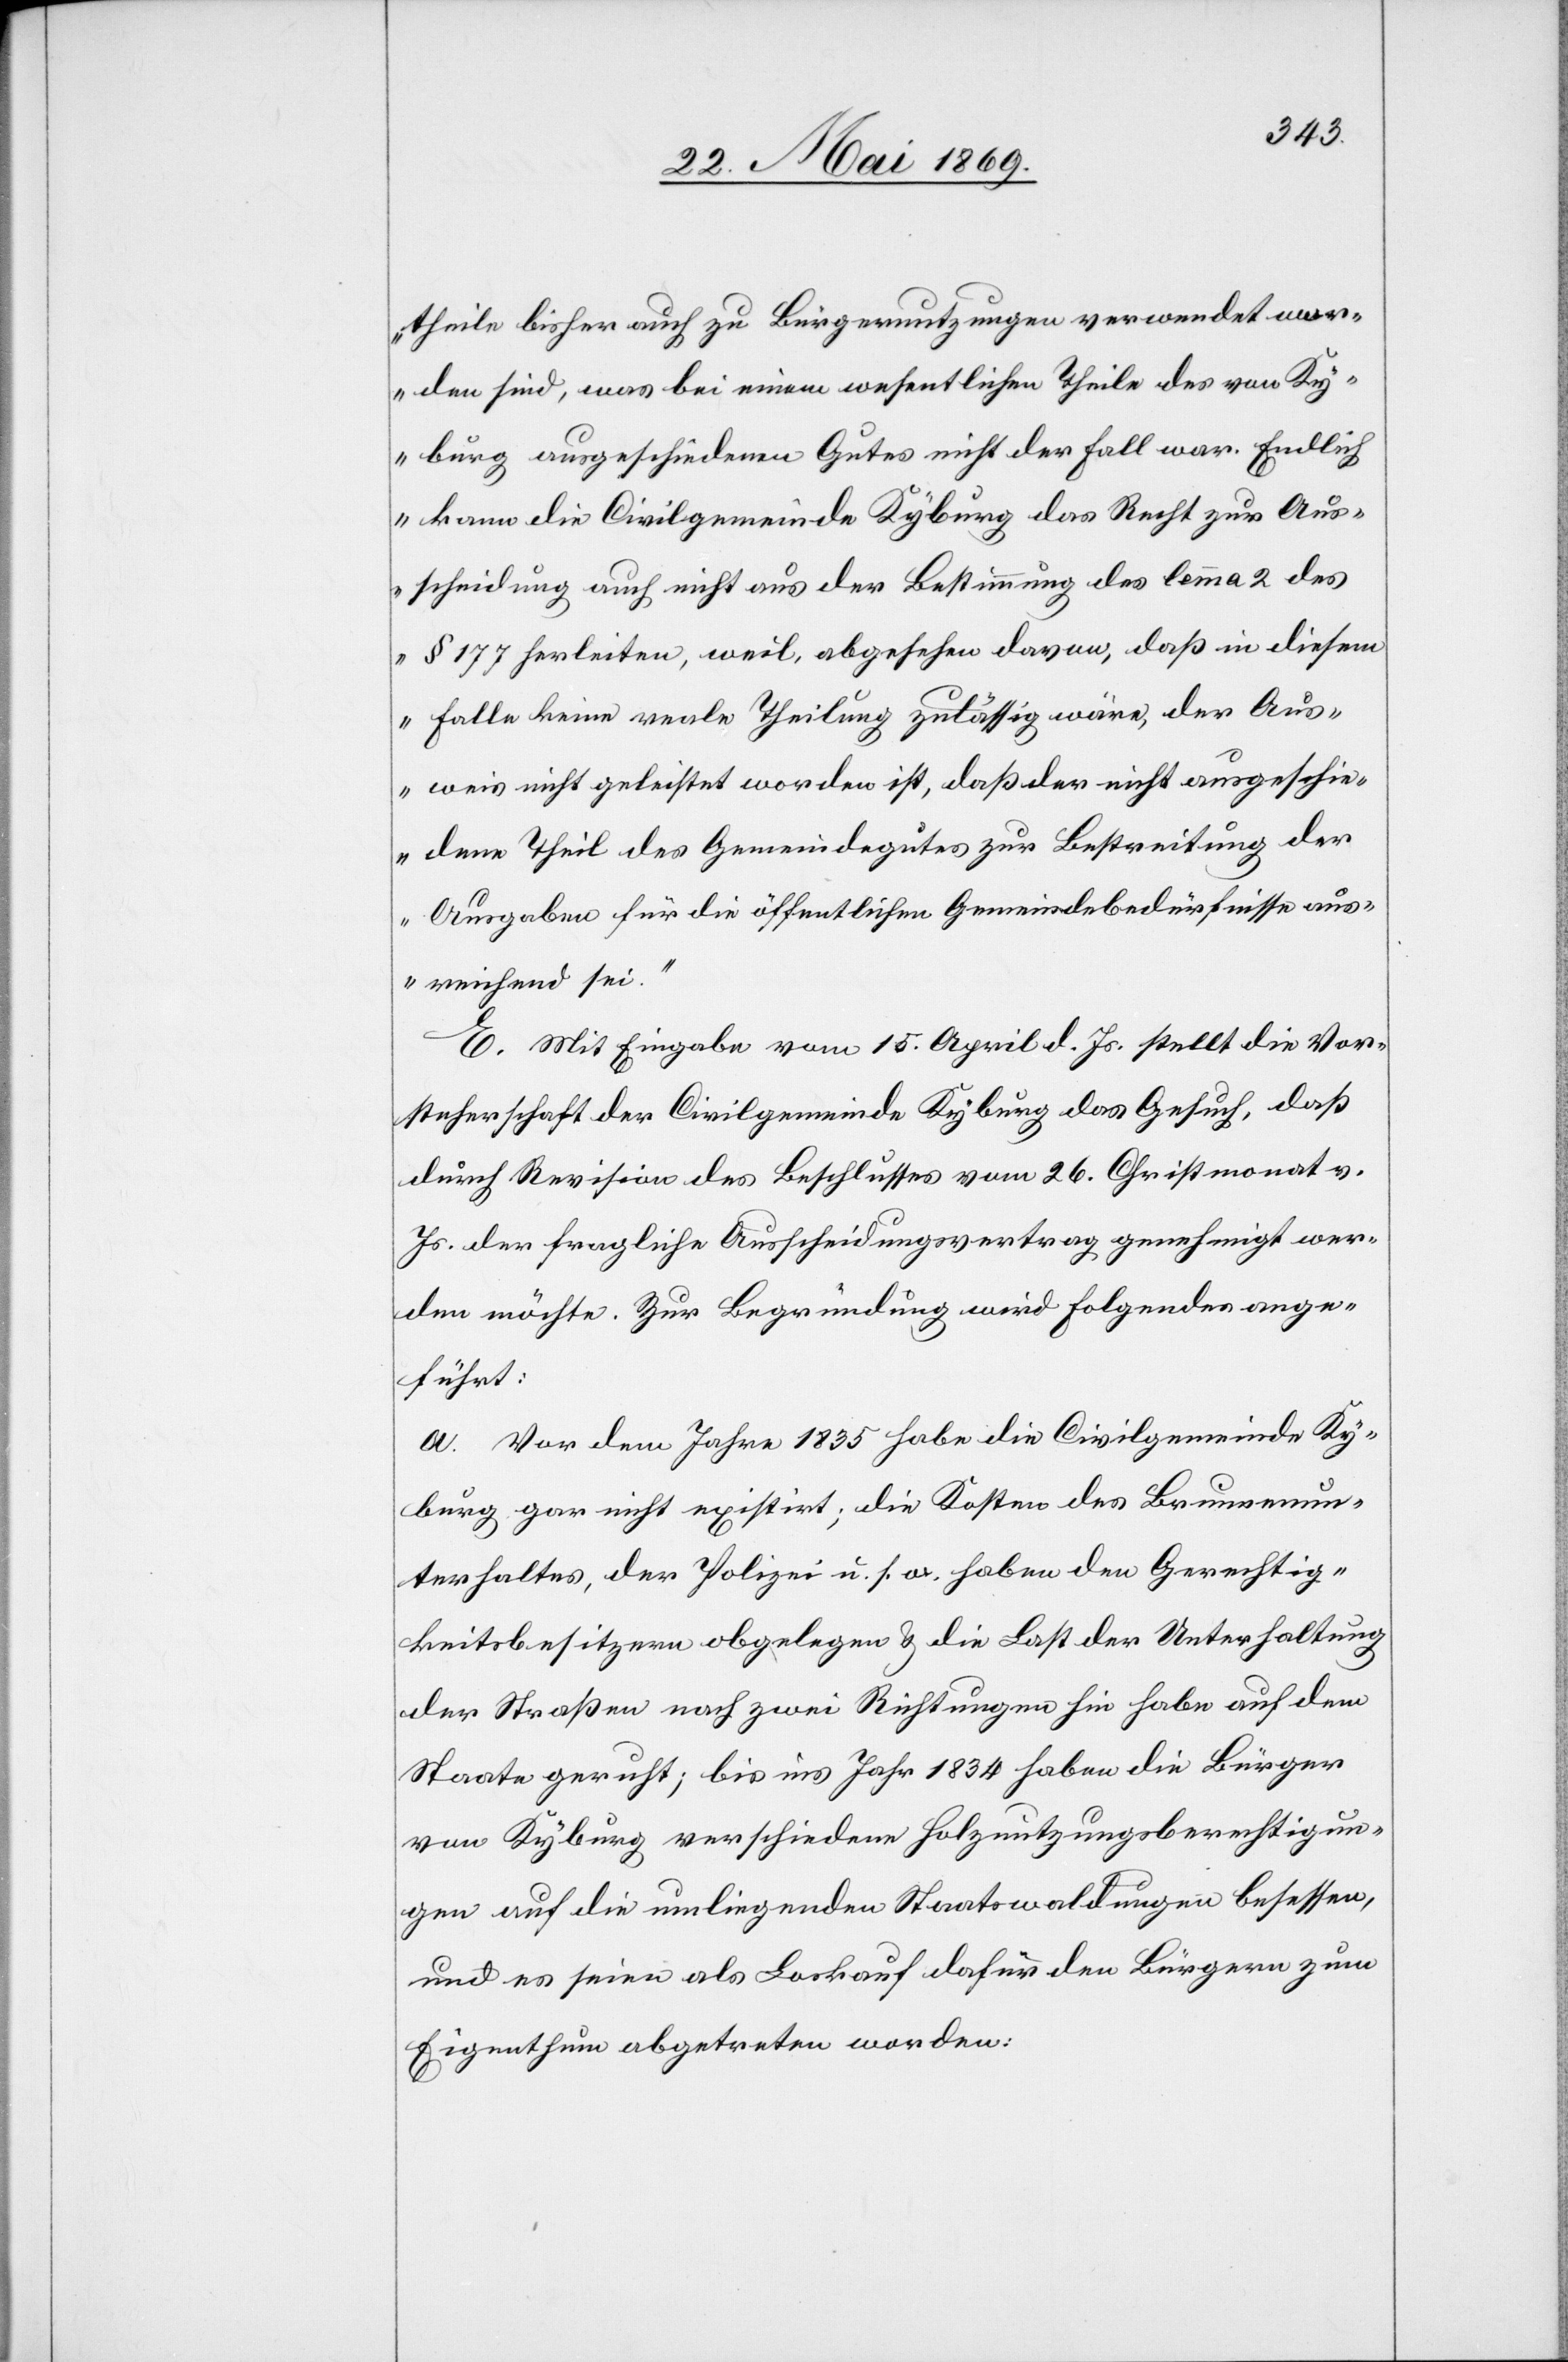
theile bisher auch zu Bürgernutzungen verwendet wor¬
den sind, was bei einem wesentlichen Theile von Ky¬
burg ausgeschiedenen Gutes nicht der Fall war. Endlich
kann die Civilgemeinde Kyburg das Recht zur Aus¬
scheidung auch nicht aus der Bestimmung des lemma 2 des
§ 177 herleiten, weil, abgesehen davon, daß in diesem
Falle keine reale Theilung zulässig wäre, der Aus¬
weis nicht geleistet worden ist, daß der nicht ausgeschie¬
dene Theil des Gemeindegutes zur Bestreitung der
Ausgaben für die öffentlichen Gemeindebedürfnisse aus¬
reichend sei.“
E. Mit Eingabe vom 15. April d. Js. stellt die Vor¬
steherschaft der Civilgemeinde Kyburg das Gesuch, daß
durch Revision des Beschlusses vom 26. Christmonat v.
Js. der fragliche Ausscheidungsvertrag genehmigt wer¬
den möchte. Zur Begründung wird folgendes ange¬
führt:
a. Vor dem Jahre 1835 habe die Civilgemeinde Ky¬
burg gar nicht existirt; die Kosten des Brunnenun¬
terhaltes, der Polizei u. s. w. haben den Gerechtig¬
keitsbesitzern obgelegen u. die Last der Unterhaltung
der Straßen nach zwei Richtungen hin habe auf dem
Staate geruht; bis ins Jahr 1834 haben die Bürger
von Kyburg verschiedene Holznutzungsberechtigun¬
gen auf die umliegenden Staatswaldungen besessen,
und es seien als Loskauf dafür den Bürgern zum
Eigenthum abgetreten worden: